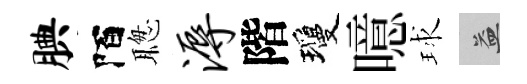
腆陌聦溽階瓊噫球益